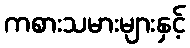
ကစားသမားများနှင့်